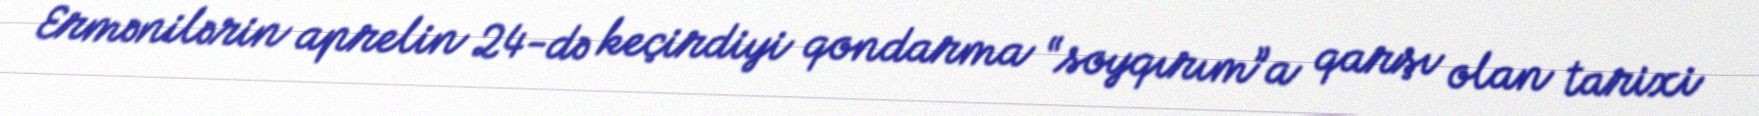
Ermənilərin aprelin 24-də keçirdiyi qondarma “soyqırım”a qarşı olan tarixi